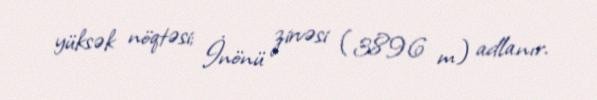
yüksək nöqtəsi; İnönü zirvəsi (3896 m) adlanır.